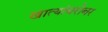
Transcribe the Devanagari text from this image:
खात्यांबरोबर